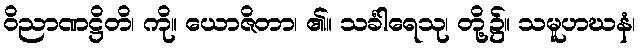
ဝိညာဏဋ္ဌိတိ၊ ကို။ ယောဇိတာ၊ ၏။ သင်္ခါရေသု၊ တို့၌။ သမူဟဃနံ၊